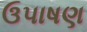
ઉપાષણ